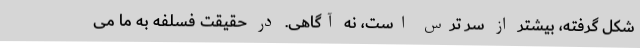
شکل گرفته، بیشتر از سر ترس است، نه آگاهی. در حقیقت فسلفه به ما می